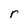
Character: r